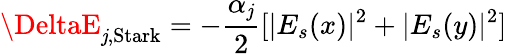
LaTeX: \DeltaE_{\mathit{j},\textrm{{Stark}}}=-\frac{{\alpha_{\mathit{j}}}}{{2}}[|E_{s}(x)|^{2}+|E_{s}(y)|^{2}]